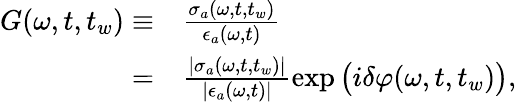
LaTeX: \begin{array}{rl}{G(\omega,t,t_{w})\equiv}&{{}\frac{\sigma_{a}(\omega,t,t_{w})}{\epsilon_{a}(\omega,t)}}\\ {=}&{{}\frac{|\sigma_{a}(\omega,t,t_{w})|}{|\epsilon_{a}(\omega,t)|}\exp\big(i\delta\varphi(\omega,t,t_{w})\big),}\end{array}